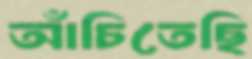
আঁচিতেছি